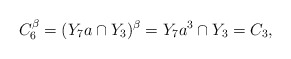
\begin{align*}C_6^{\beta}=(Y_7a\cap Y_3)^{\beta}=Y_7a^3\cap Y_3=C_3,\end{align*}